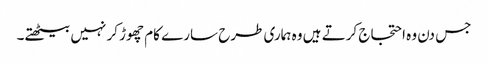
جس دن وہ احتجاج کرتے ہیں وہ ہماری طرح سارے کام چھوڑ کر نہیں بیٹھتے۔